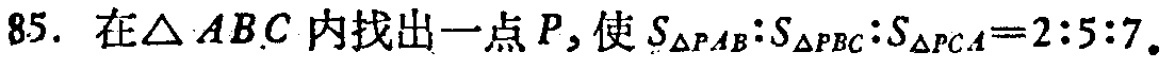
85. 在$\triangle ABC$内找出一点$P$，使$S_{\triangle PAB}:S_{\triangle PBC}:S_{\triangle PCA}=2:5:7$。